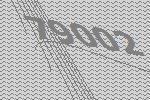
79002